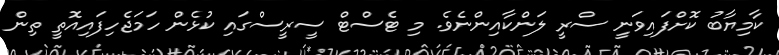
ކާމިޔާބު ކޮށްފައިވަނީ ސްރީ ލަންކާއިންނެވެ. މި ޓެސްޓް ސީރީސްގައި ކުޅެން ހަމަޖެހިފައިއޮތީ ތިން